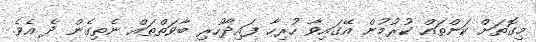
މިގޮތަށް ކަންތައް ކުރުމުން އޭގައިވާ ހުރިހާ ފައިދާހުރި ބާވަތްތައް ނެތިގެން ދެ އެވެ.